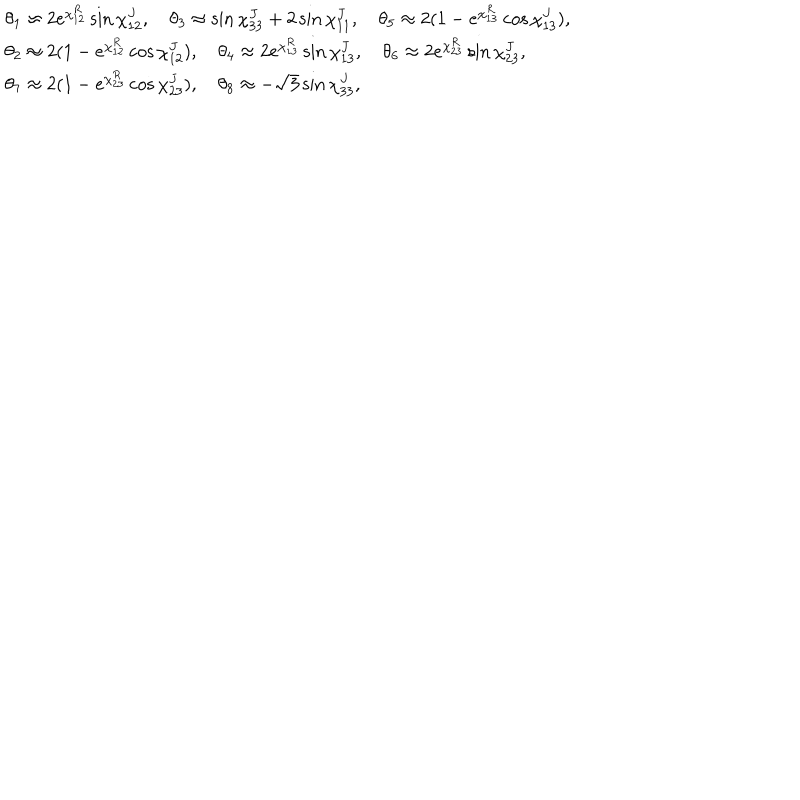
\begin{array} { l l } { { \theta _ { 1 } \approx 2 e ^ { \chi _ { 1 2 } ^ { R } } \sin \chi _ { 1 2 } ^ { J } , \quad \theta _ { 3 } \approx \sin \chi _ { 3 3 } ^ { J } + 2 \sin \chi _ { 1 1 } ^ { J } , \quad \theta _ { 5 } \approx 2 ( 1 - e ^ { \chi _ { 1 3 } ^ { R } } \cos \chi _ { 1 3 } ^ { J } ) , } } \\ { { \theta _ { 2 } \approx 2 ( 1 - e ^ { \chi _ { 1 2 } ^ { R } } \cos \chi _ { 1 2 } ^ { J } ) , \quad \theta _ { 4 } \approx 2 e ^ { \chi _ { 1 3 } ^ { R } } \sin \chi _ { 1 3 } ^ { J } , \quad \theta _ { 6 } \approx 2 e ^ { \chi _ { 2 3 } ^ { R } } \sin \chi _ { 2 3 } ^ { J } , } } \\ { { \theta _ { 7 } \approx 2 ( 1 - e ^ { \chi _ { 2 3 } ^ { R } } \cos \chi _ { 2 3 } ^ { J } ) , \quad \theta _ { 8 } \approx - \sqrt { 3 } \sin \chi _ { 3 3 } ^ { J } , } } \\ \end{array}